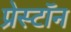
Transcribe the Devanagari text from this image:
प्रेस्टॉन